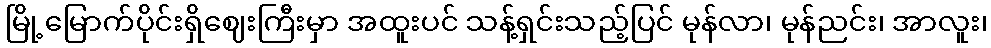
မြို့မြောက်ပိုင်းရှိဈေးကြီးမှာ အထူးပင် သန့်ရှင်းသည့်ပြင် မုန်လာ၊ မုန်ညင်း၊ အာလူး၊